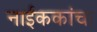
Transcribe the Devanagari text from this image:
नाईककांचा